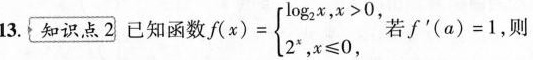
13.{知识点2已知函数f $$f(x)= \left\{ \begin{matrix} \log _{2}x,x>0 \\ 2^{x},x \leq 0, \\ \end{matrix} \right.$$ '若f'(a)=1，则